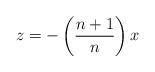
LaTeX: \begin{align*}z=-\left(\frac{n+1}{n}\right) x\end{align*}